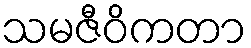
သမဇီဝိကတာ